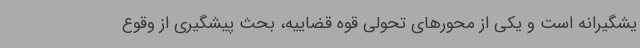
یشگیرانه است و یکی از محورهای تحولی قوه قضاییه، بحث پیشگیری از وقوع